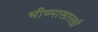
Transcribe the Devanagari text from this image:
भीष्मासारखी